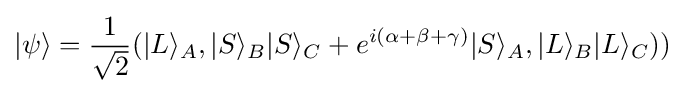
|\mathrm {\psi } \rangle ={\frac {1}{\sqrt {2}}}(|L\rangle _{A},|S\rangle _{B}|S\rangle _{C}+e^{i(\alpha +\beta +\gamma )}|S\rangle _{A},|L\rangle _{B}|L\rangle _{C}))